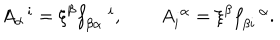
A _ { \alpha } ^ { \, \, \, \, i } = \xi ^ { \beta } f _ { \beta \alpha } ^ { \, \, \, \, \, \, \, i } , \, \, \, \, \, \, \, \, \, \, \, \, A _ { i } ^ { \, \, \alpha } = \xi ^ { \beta } f _ { \beta i } ^ { \, \, \, \, \, \alpha } .